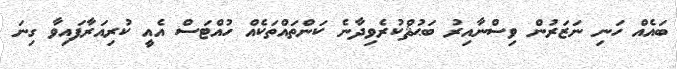
ބައެއް ހަނި ނަޒަރުން ވިސްނާއިރު ބަޙުޘްކުރެވިދާނެ ކަންތައްތަކެއް ހުއްޓަސް އެއީ ކުރިއަރާފައިވާ ގިނަ